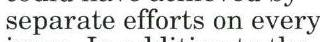
separate efforts on every